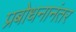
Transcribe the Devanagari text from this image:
प्रबोधनानंतर